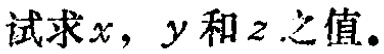
试求\(x\)，\(y\)和\(z\)之值。